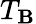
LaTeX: T_{\mathbf{B}}